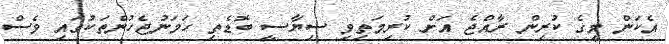
އެކަން މީގެ ކުރިން ރާއްޖެ އަށް ކުރިމަތިވި ސިޔާސީ ބޮޑެތި ހަމަނުޖެހުންތަކުގައި ވެސް